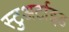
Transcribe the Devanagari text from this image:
स्टुअर्टाइड